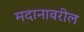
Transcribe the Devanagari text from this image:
मदानावरील